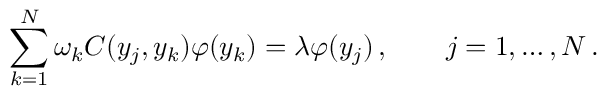
\sum _ { k = 1 } ^ { N } \omega _ { k } C ( y _ { j } , y _ { k } ) \varphi ( y _ { k } ) = \lambda \varphi ( y _ { j } ) \, , \qquad j = 1 , \ldots , N \, .